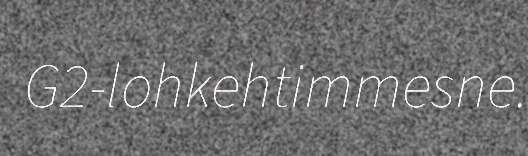
G2-lohkehtimmesne.